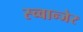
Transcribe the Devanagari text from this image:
स्च्वान्जेर